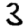
Digit: 3